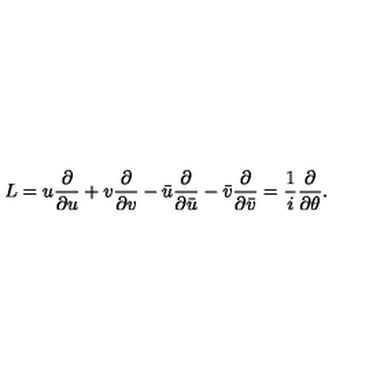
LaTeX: L = u { \frac { \partial } { \partial u } } + v { \frac { \partial } { \partial v } } - \bar { u } { \frac { \partial } { \partial \bar { u } } } - \bar { v } { \frac { \partial } { \partial \bar { v } } } = { \frac { 1 } { i } } { \frac { \partial } { \partial \theta } } .